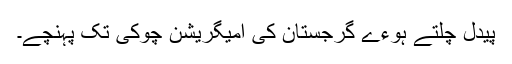
پیدل چلتے ہوءے گرجستان کی امیگریشن چوکی تک پہنچے۔